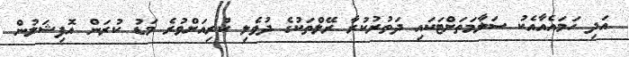
އަދި ހަމައެއާއެކު ސަލާމަތަށްޓަކައި ދަތުރުކުރާ ރޭލްތަކުގެ ދުވެލި ކުރިއަށްވުރެ މަޑު ކުރަން އޮފިޝަލުން